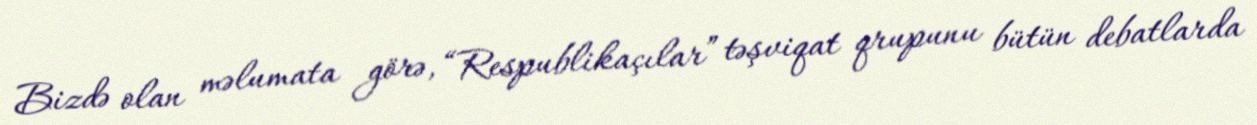
Bizdə olan məlumata görə, “Respublikaçılar” təşviqat qrupunu bütün debatlarda